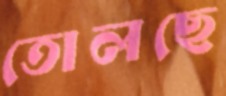
তোলছে